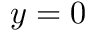
y = 0